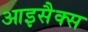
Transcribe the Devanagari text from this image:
आइसैक्स